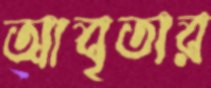
আবৃতার